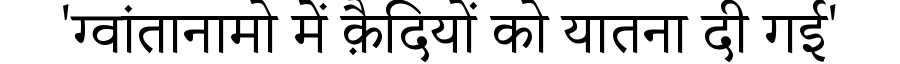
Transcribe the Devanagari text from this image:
'ग्वांतानामो में क़ैदियों को यातना दी गई'